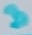
Text: 3